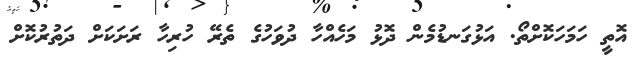
އޮތީ ހަމަހަކޮށްތޯ. އަޅުގަނޑުމެން ދޮޅު މަހެއްހާ ދުވަހުގެ ތެރޭ ހުރިހާ ރަށަކަށް ދަތުރުކޮށް